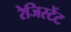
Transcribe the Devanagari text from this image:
रेजिस्टेंट